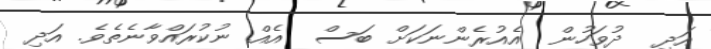
އަދި  ދުވަހުން  އެއުރެންނަކަށް ބަސް  އެއް ނުކުރައްވާނެތެވެ. އަދި